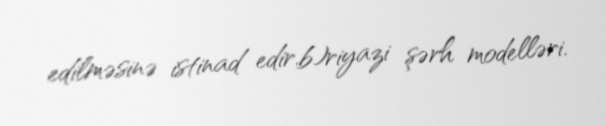
edilməsinə istinad edir.b)riyazi şərh modelləri.